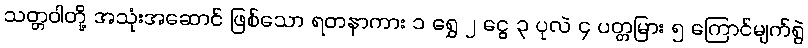
သတ္တဝါတို့ အသုံးအဆောင် ဖြစ်သော ရတနာကား ၁ ရွှေ ၂ ငွေ ၃ ပုလဲ ၄ ပတ္တမြား ၅ ကြောင်မျက်ရွဲ